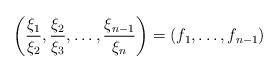
LaTeX: \begin{align*}\left(\frac{\xi _1}{\xi _2},\frac{\xi _2}{\xi _3},\dots, \frac{\xi _{n-1}}{\xi _n}\right)= (f_1,\dots, f_{n-1})\end{align*}